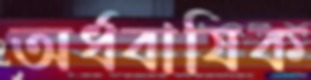
অর্ধবাষিক